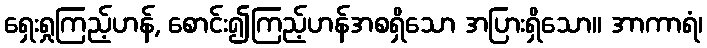
ရှေးရှုကြည့်ဟန်, စောင်း၍ကြည့်ဟန်အစရှိသော အပြားရှိသော။ အာကာရံ၊